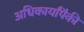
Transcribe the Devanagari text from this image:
अधिकार्यांपैकी